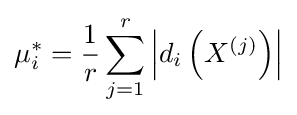
\mu _{i}^{*}={\frac {1}{r}}\sum _{j=1}^{r}\left|d_{i}\left(X^{(j)}\right)\right|